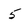
Character: 5